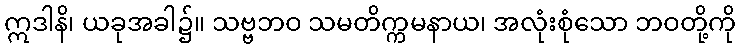
ဣဒါနိ၊ ယခုအခါ၌။ သဗ္ဗဘဝ သမတိက္ကမနာယ၊ အလုံးစုံသော ဘဝတို့ကို